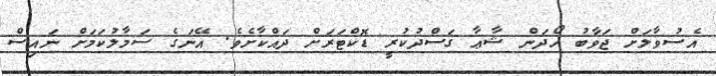
އެސުވާލަށް ޖަވާބު ހޯދަން ޝާޢާ ގަސްދުކުރީ ޑޮކްޓަރަށް ދައްކާށެވެ. އޭނަގެ ސަމާލުކަމަށް ނައިސް